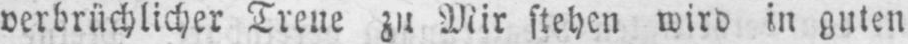
verbrüchlicher Treue zu Mir stehen wird in guten